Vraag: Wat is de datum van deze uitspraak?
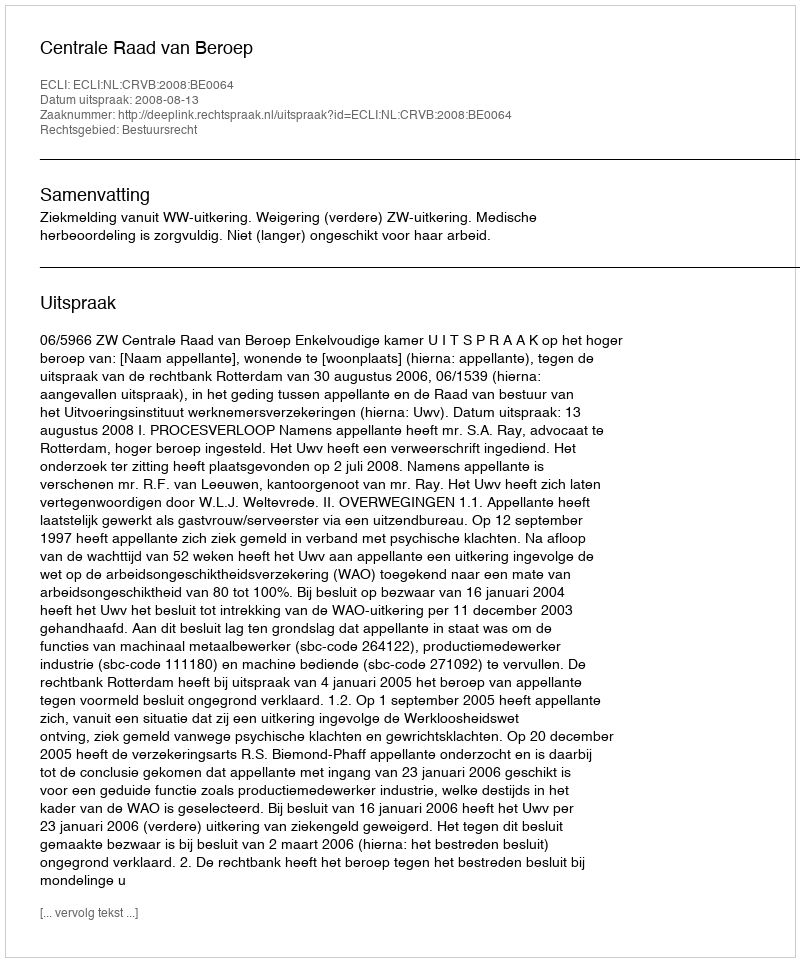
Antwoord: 2008-08-13